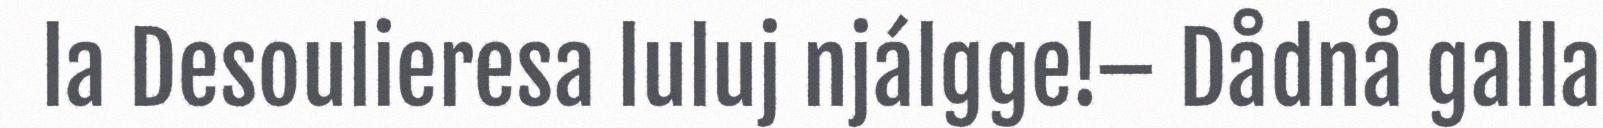
la Desoulieresa luluj njálgge!– Dådnå galla